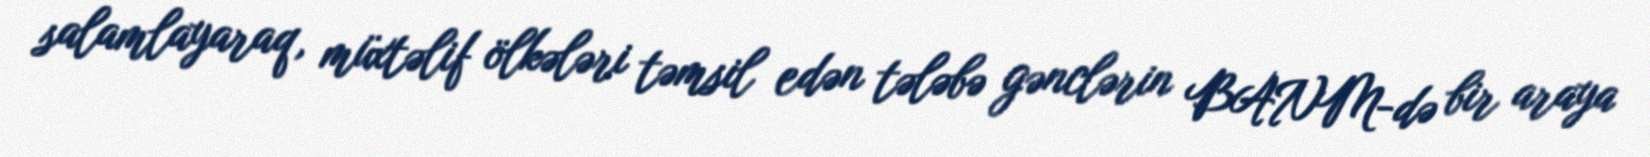
salamlayaraq, müxtəlif ölkələri təmsil edən tələbə gənclərin BANM-də bir araya